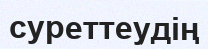
суреттеудің